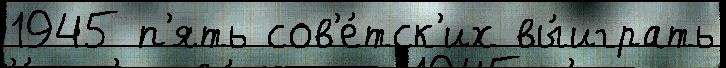
1945 п'ять сов'е́тск'их вы́играть